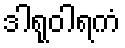
ဒါရုဝါရကံ